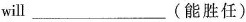
will ___ (能胜任)